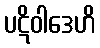
ပဋိဝါဒေဟိ